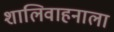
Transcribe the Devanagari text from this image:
शालिवाहनाला